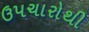
ઉપચારોથી